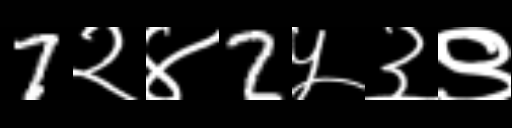
Text: 7२४2५३९